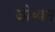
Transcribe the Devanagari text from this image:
जी॰वन